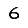
Digit: 6